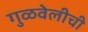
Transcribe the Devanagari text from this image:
गुळवेलीची